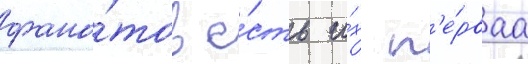
фана́тов е́сть и́х п'е́рваа